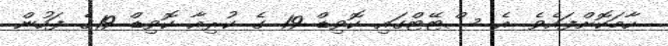
ހާމަކޮށްފައެވެ. އެ ސްޓޭޓްގައި ކޮވިޑް 19 ގެ ކުރިއާ ކޮވިޑް 19ގެ ފަހުން